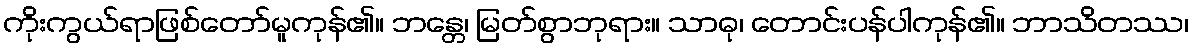
ကိုးကွယ်ရာဖြစ်တော်မူကုန်၏။ ဘန္တေ၊ မြတ်စွာဘုရား။ သာဓု၊ တောင်းပန်ပါကုန်၏။ ဘာသိတဿ၊